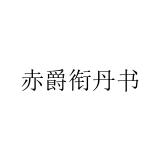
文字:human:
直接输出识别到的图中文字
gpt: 赤爵衔丹书